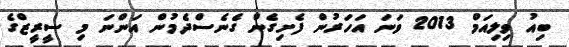
ބިއު ވިލިއަމް 2013 ވަނަ އަހަރުން ފެށިގެން ގެނެސްދެމުން އަންނަ މި ސީރީޒްގެ